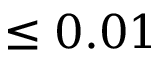
\leq 0 . 0 1